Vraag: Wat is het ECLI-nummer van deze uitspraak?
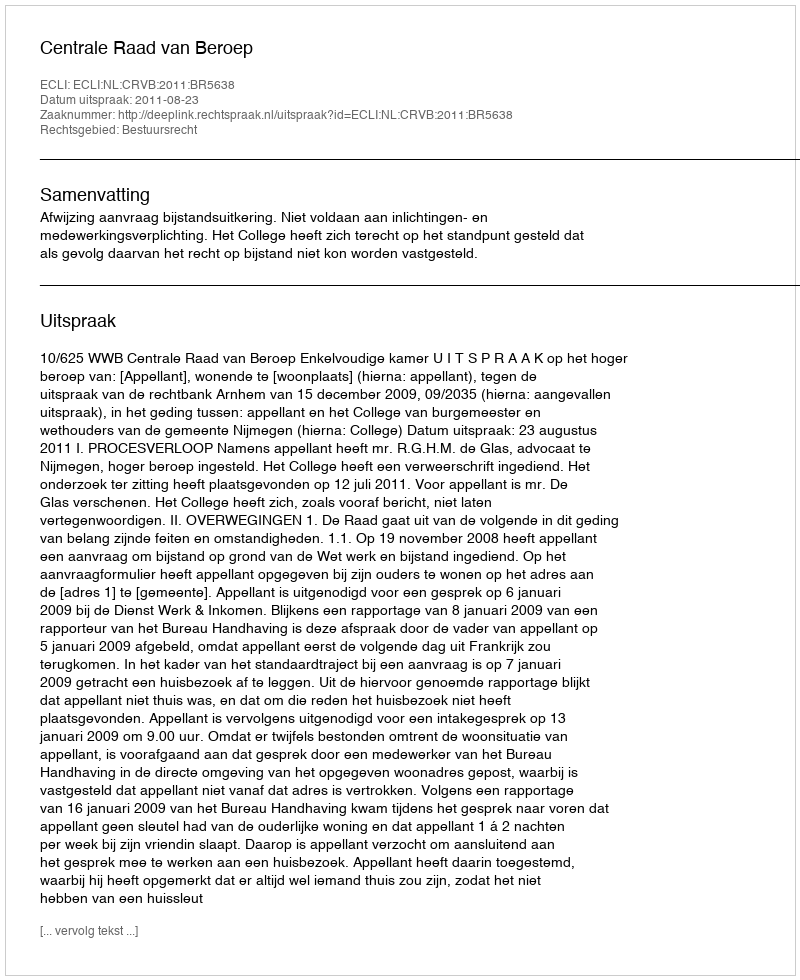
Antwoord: ECLI:NL:CRVB:2011:BR5638